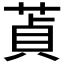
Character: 𦵄